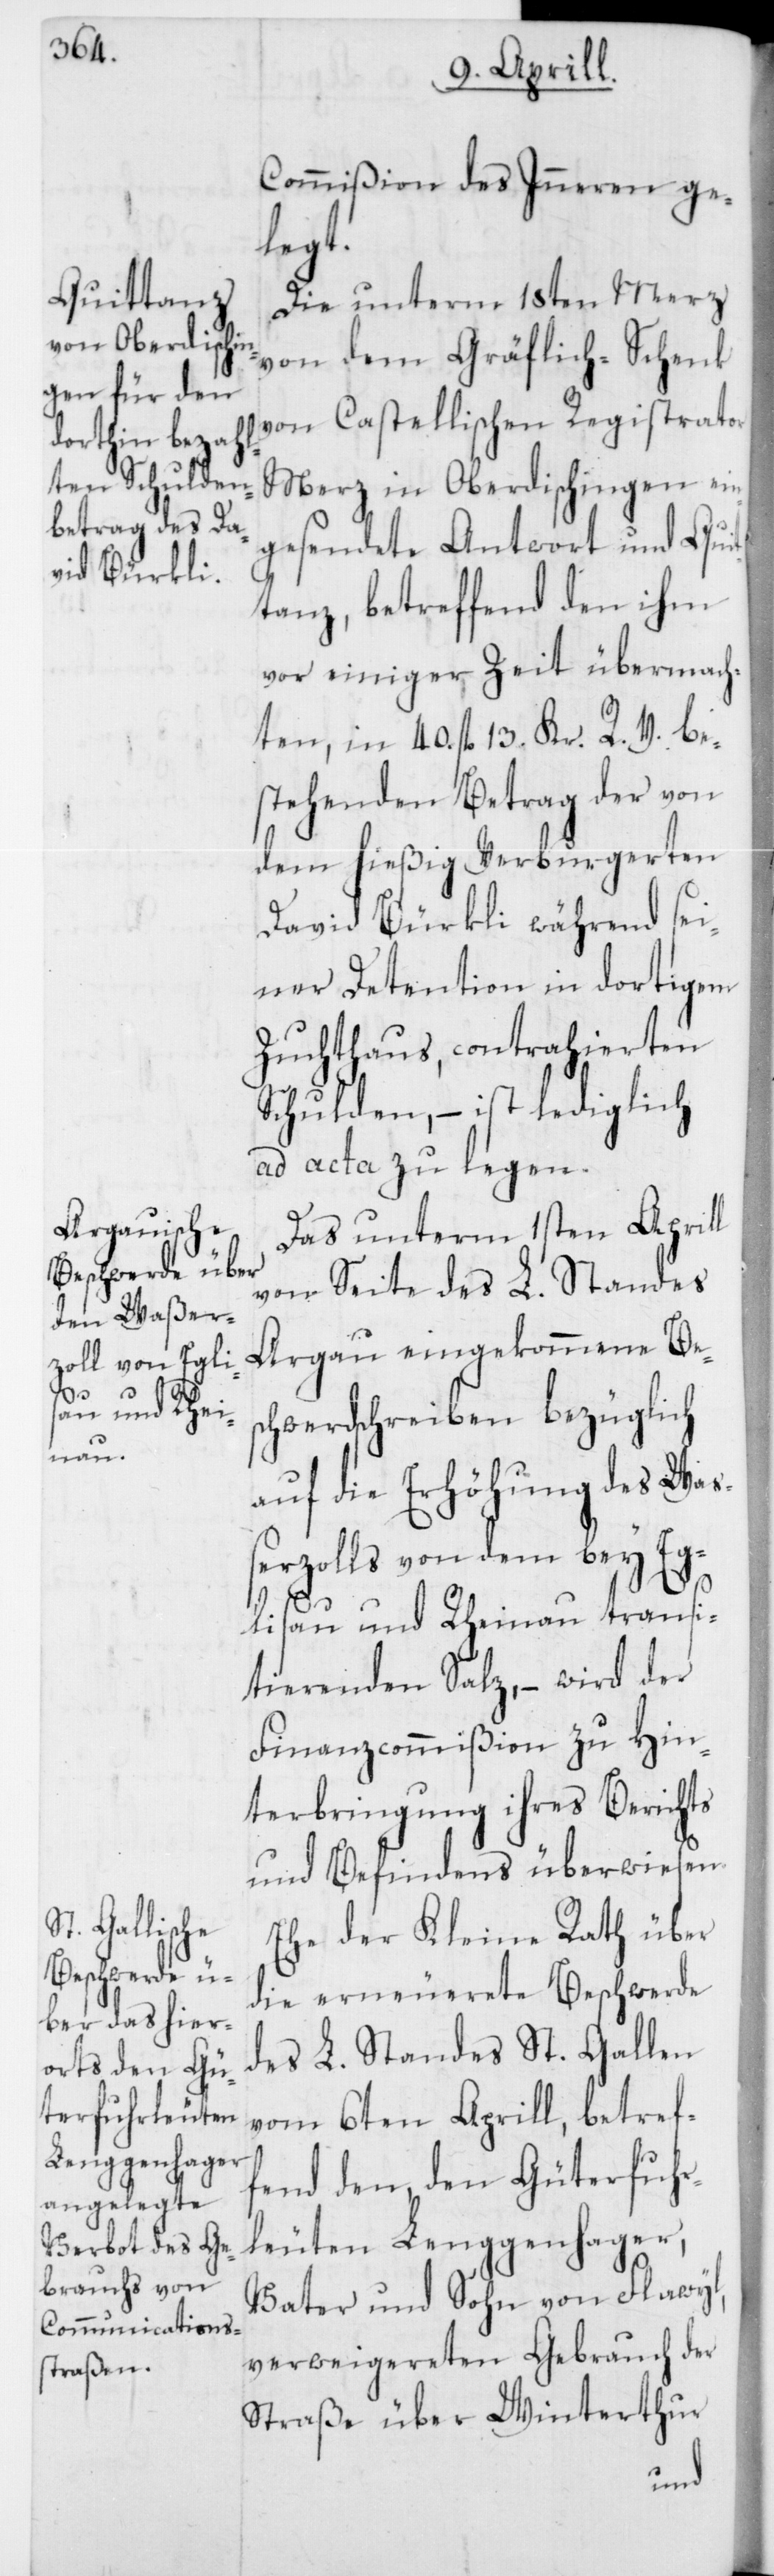
Commißion des Inneren ge¬
legt.
Die unterm 18ten Merz
von dem Gräflich-Schenk
von Castellischen Registrator
Merz in Oberdischingen ein¬
gesendete Antwort und Quit¬
tanz, betreffend den ihm
vor einiger Zeit übermach¬
ten, in 40. fl. 13. Kr. R. V. be¬
stehenden Betrag der von
dem hießig verburgerten
David Bürkli während sei¬
ner Detention in dortigem
Zuchthaus, contrahierten
Schulden, – ist lediglich
ad acta zu legen.
Das unterm 1sten Aprill
von Seite des L. Standes
Argau eingekommene Bes¬
chwerdschreiben bezüglich
auf die Erhöhung des Waß¬
erzolls von dem bey Eg¬
lisau und Rheinau transi¬
tierenden Salz, – wird der
Finanzcommißion zu Hin¬
terbringung ihres Berichts
und Befindens überwiesen.
Ehe der Kleine Rath über
die erneuerete Beschwerde
des L. Standes St. Gallen
vom 6ten Aprill, betref¬
fend den, den Güterfuhr¬
leuten Lenggenhager,
Vater und Sohn von Flawyl,
verweigereten Gebrauch der
Straße über Winterthur